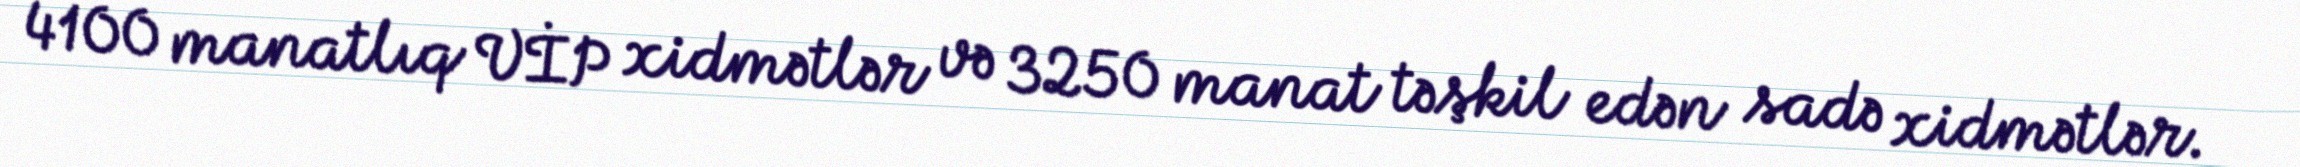
4100 manatlıq VİP xidmətlər və 3250 manat təşkil edən sadə xidmətlər.